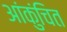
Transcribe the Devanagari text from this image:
आंकुंचित